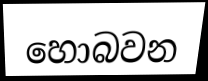
හොබවන